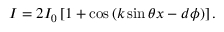
\begin{array} { r } { I = 2 I _ { 0 } \left[ 1 + \cos \left( k \sin \theta x - d \phi \right) \right] . } \end{array}